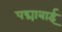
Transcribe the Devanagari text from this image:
पद्माबाई